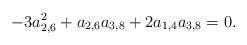
LaTeX: \begin{align*} - 3 a_{2,6}^2 + a_{2,6} a_{3,8} + 2 a_{1,4} a_{3,8} = 0.\end{align*}